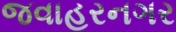
જવાહરનગર